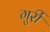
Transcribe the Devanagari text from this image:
गुर्री